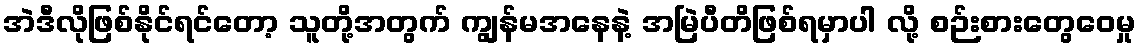
အဲဒီလိုဖြစ်နိုင်ရင်တော့ သူတို့အတွက် ကျွန်မအနေနဲ့ အမြဲပီတိဖြစ်ရမှာပါ လို့ စဉ်းစားတွေဝေမှု